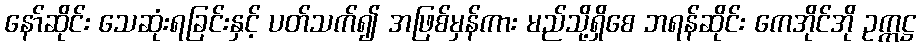
နော်ဆိုင်း သေဆုံးရခြင်းနှင့် ပတ်သက်၍ အဖြစ်မှန်ကား မည်သို့ရှိစေ ဘရန်ဆိုင်း ကေအိုင်အို ဥက္ကဋ္ဌ